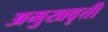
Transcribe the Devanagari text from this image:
अमुखवृत्ती